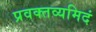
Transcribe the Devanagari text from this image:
प्रवक्तव्यमिदं